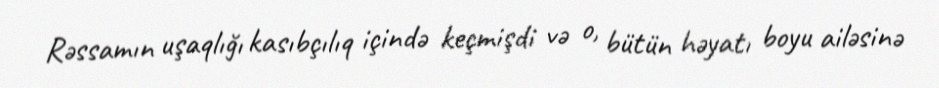
Rəssamın uşaqlığı kasıbçılıq içində keçmişdi və o, bütün həyatı boyu ailəsinə